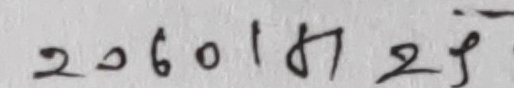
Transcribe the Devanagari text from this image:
२०६०१४७२५